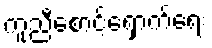
ကူညီစောင့်ရှောက်ရေး